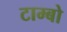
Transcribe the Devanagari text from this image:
टाम्‍बो